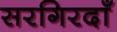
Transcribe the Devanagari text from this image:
सरगिरदाँ